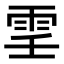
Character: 𩂐